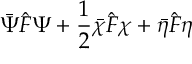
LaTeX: \bar { \Psi } \hat { F } \Psi + \frac 1 2 \bar { \chi } \hat { F } \chi + \bar { \eta } \hat { F } \eta